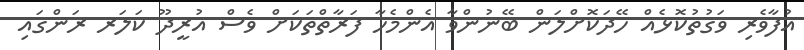
އުފާވެރި ވަގުތުކޮޅެއް ހޭދަކޮށްލަން ބޭނުންވާ އެންމެހާ ފަރާތްތަކަށް ވެސް އުރީދޫ ކަލަރ ރަންގައި